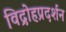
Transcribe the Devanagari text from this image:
विद्रोहप्रदर्शन